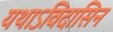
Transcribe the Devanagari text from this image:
यथाऽविदासिन